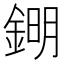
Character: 𨧹